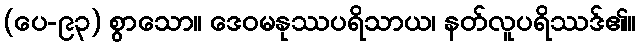
(ပေ-၉၃) စွာသော။ ဒေဝမနုဿပရိသာယ၊ နတ်လူပရိဿဒ်၏။